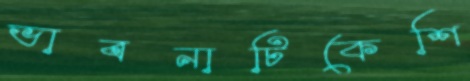
ভাবনাটিকেশি